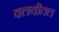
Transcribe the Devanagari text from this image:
वलयीतल